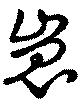
嵬